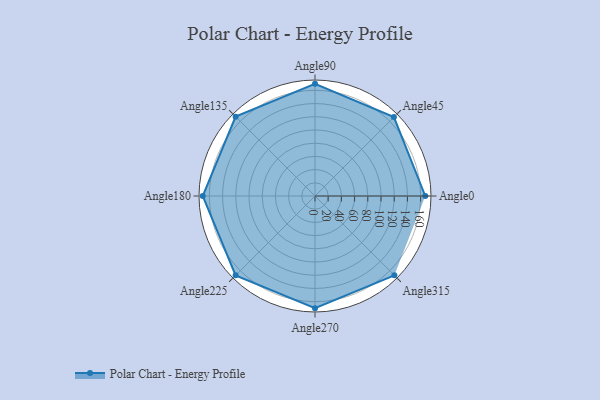
{"axis": {"x": "Angle", "y": "Radius"}, "legend": [""], "data": [{"x": "Angle0", "y": 167.0, "type": ""}, {"x": "Angle45", "y": 169.0, "type": ""}, {"x": "Angle90", "y": 170, "type": ""}, {"x": "Angle135", "y": 170, "type": ""}, {"x": "Angle180", "y": 170, "type": ""}, {"x": "Angle225", "y": 170, "type": ""}, {"x": "Angle270", "y": 170, "type": ""}, {"x": "Angle315", "y": 170, "type": ""}]}